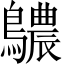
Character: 𪇌